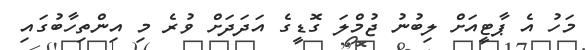
މަހު އެ ޕާޓީއަށް ލިބުނު ޖުމްލަ ގޮޑީގެ އަދަދަށް ވުރެ މި އިންތިހާބުގައި